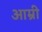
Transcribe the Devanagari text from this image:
आम्री